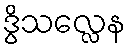
ဒွိသလ္လေန